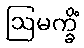
ဩမက္ခိံ